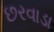
છરવાડા